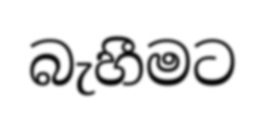
බැහීමට